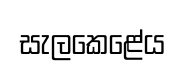
සැලකෙළේය